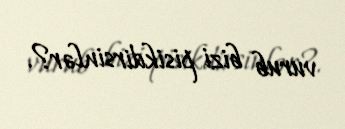
vurub bizi pisikdirsinlər?.